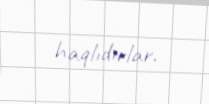
haqlıdırlar.